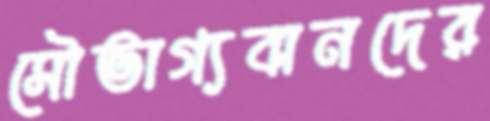
সৌভাগ্যবানদের